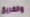
والفريق